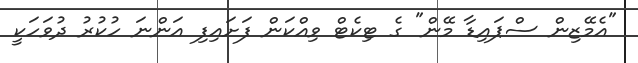
"އެމޭޒިން ސްޕައިޑާ މޭން" ގެ ޓިކެޓް ވިއްކަން ފަށައިފި އަންނަ ހުކުރު ދުވަހަކީ